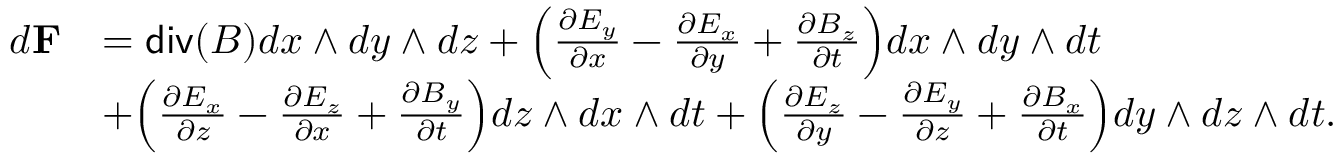
\begin{array} { r l } { d { \bf F } } & { = \mathsf { d i v } ( B ) d x \wedge d y \wedge d z + \Big ( \frac { \partial E _ { y } } { \partial x } - \frac { \partial E _ { x } } { \partial y } + \frac { \partial B _ { z } } { \partial t } \Big ) d x \wedge d y \wedge d t } \\ & { + \Big ( \frac { \partial E _ { x } } { \partial z } - \frac { \partial E _ { z } } { \partial x } + \frac { \partial B _ { y } } { \partial t } \Big ) d z \wedge d x \wedge d t + \Big ( \frac { \partial E _ { z } } { \partial y } - \frac { \partial E _ { y } } { \partial z } + \frac { \partial B _ { x } } { \partial t } \Big ) d y \wedge d z \wedge d t . } \end{array}